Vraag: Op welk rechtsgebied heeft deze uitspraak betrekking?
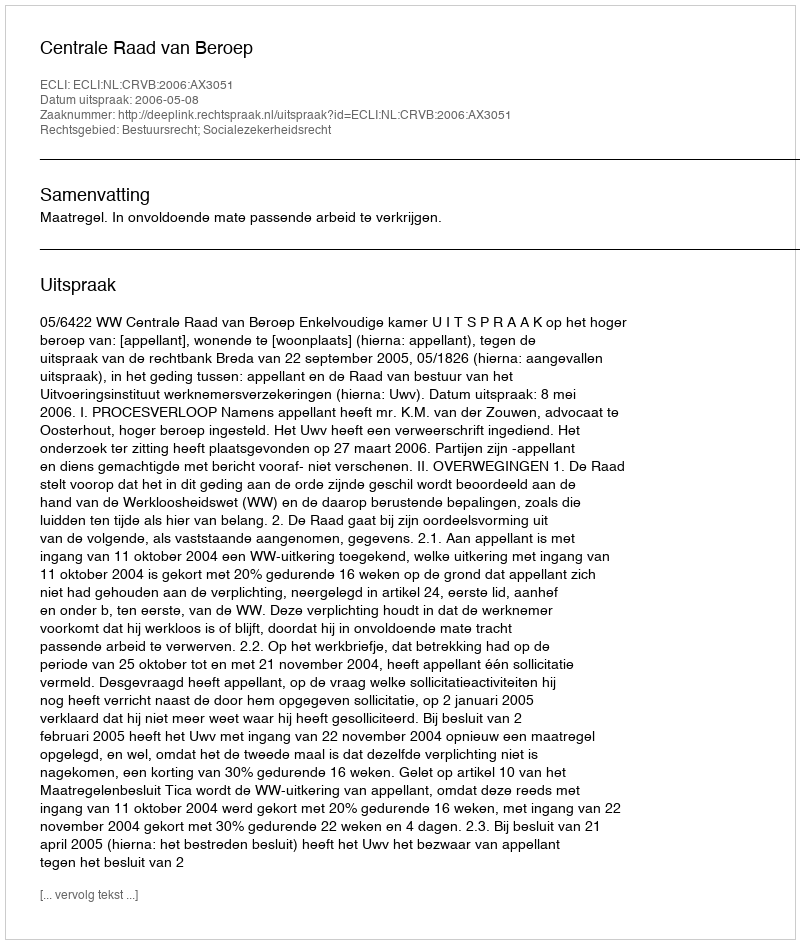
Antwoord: Bestuursrecht; Socialezekerheidsrecht